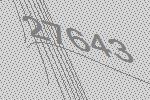
27643